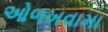
ઓળખવામા